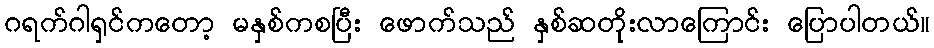
ဂရက်ဂါရှင်ကတော့ မနှစ်ကစပြီး ဖောက်သည် နှစ်ဆတိုးလာကြောင်း ပြောပါတယ်။